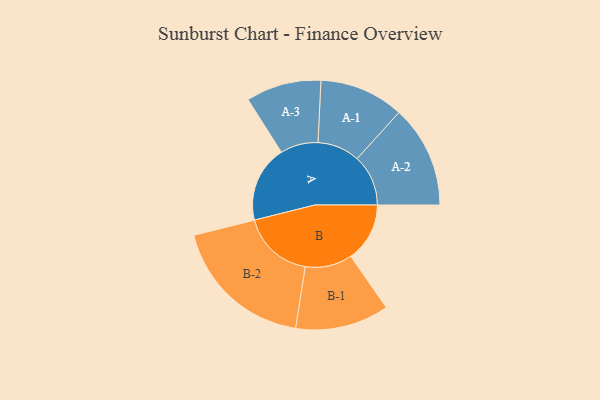
{"axis": {"x": "Segment", "y": "Value"}, "legend": ["", "A", "B"], "data": [{"x": "A", "y": 301, "type": ""}, {"x": "B", "y": 232, "type": ""}, {"x": "A-1", "y": 166, "type": "A"}, {"x": "A-2", "y": 201, "type": "A"}, {"x": "A-3", "y": 148, "type": "A"}, {"x": "B-1", "y": 184, "type": "B"}, {"x": "B-2", "y": 282, "type": "B"}]}